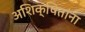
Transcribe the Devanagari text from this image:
अशिक्षितांना